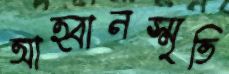
আহ্বানস্মৃতি